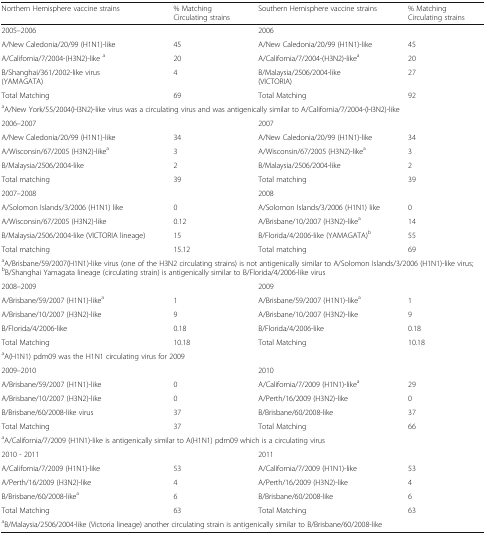
<table><thead><tr><td><b>Northern Hemisphere vaccine strains</b></td><td><b>% MatchingCirculating strains</b></td><td><b>Southern Hemisphere vaccine strains</b></td><td><b>% MatchingCirculating strains</b></td></tr></thead><tbody><tr><td>2005–2006</td><td></td><td>2006</td><td></td></tr><tr><td>A/New Caledonia/20/99 (H1N1)-like</td><td>45</td><td>A/New Caledonia/20/99 (H1N1)-like</td><td>45</td></tr><tr><td>A/California/7/2004-(H3N2)-like <sup>a</sup></td><td>20</td><td>A/California/7/2004-(H3N2)-like<sup>a</sup></td><td>20</td></tr><tr><td>B/Shanghai/361/2002-like virus(YAMAGATA)</td><td>4</td><td>B/Malaysia/2506/2004-like(VICTORIA)</td><td>27</td></tr><tr><td>Total Matching</td><td>69</td><td>Total Matching</td><td>92</td></tr><tr><td colspan="4"><sup>a</sup>A/New York/55/2004(H3N2)-like virus was a circulating virus and was antigenically similar to A/California/7/2004-(H3N2)-like</td></tr><tr><td>2006–2007</td><td></td><td>2007</td><td></td></tr><tr><td>A/New Caledonia/20/99 (H1N1)-like</td><td>34</td><td>A/New Caledonia/20/99 (H1N1)-like</td><td>34</td></tr><tr><td>A/Wisconsin/67/2005 (H3N2)-like<sup>a</sup></td><td>3</td><td>A/Wisconsin/67/2005 (H3N2)-like<sup>a</sup></td><td>3</td></tr><tr><td>B/Malaysia/2506/2004-like</td><td>2</td><td>B/Malaysia/2506/2004-like</td><td>2</td></tr><tr><td>Total matching</td><td>39</td><td>Total matching</td><td>39</td></tr><tr><td>2007–2008</td><td></td><td>2008</td><td></td></tr><tr><td>A/Solomon Islands/3/2006 (H1N1) like</td><td>0</td><td>A/Solomon Islands/3/2006 (H1N1) like</td><td>0</td></tr><tr><td>A/Wisconsin/67/2005 (H3N2)-like</td><td>0.12</td><td>A/Brisbane/10/2007 (H3N2)-like<sup>a</sup></td><td>14</td></tr><tr><td>B/Malaysia/2506/2004-like (VICTORIA lineage)</td><td>15</td><td>B/Florida/4/2006-like (YAMAGATA)<sup>b</sup></td><td>55</td></tr><tr><td>Total matching</td><td>15.12</td><td>Total matching</td><td>69</td></tr><tr><td colspan="4"><sup>a</sup>A/Brisbane/59/2007(H1N1)-like virus (one of the H3N2 circulating strains) is not antigenically similar to A/Solomon Islands/3/2006 (H1N1)-like virus; <sup>b</sup>B/Shanghai Yamagata lineage (circulating strain) is antigenically similar to B/Florida/4/2006-like virus</td></tr><tr><td>2008–2009</td><td></td><td>2009</td><td></td></tr><tr><td>A/Brisbane/59/2007 (H1N1)-like<sup>a</sup></td><td>1</td><td>A/Brisbane/59/2007 (H1N1)-like<sup>a</sup></td><td>1</td></tr><tr><td>A/Brisbane/10/2007 (H3N2)-like</td><td>9</td><td>A/Brisbane/10/2007 (H3N2)-like</td><td>9</td></tr><tr><td>B/Florida/4/2006-like</td><td>0.18</td><td>B/Florida/4/2006-like</td><td>0.18</td></tr><tr><td>Total Matching</td><td>10.18</td><td>Total Matching</td><td>10.18</td></tr><tr><td colspan="3"><sup>a</sup>A(H1N1) pdm09 was the H1N1 circulating virus for 2009</td><td></td></tr><tr><td>2009–2010</td><td></td><td>2010</td><td></td></tr><tr><td>A/Brisbane/59/2007 (H1N1)-like</td><td>0</td><td>A/California/7/2009 (H1N1)-like<sup>a</sup></td><td>29</td></tr><tr><td>A/Brisbane/10/2007 (H3N2)-like</td><td>0</td><td>A/Perth/16/2009 (H3N2)-like</td><td>0</td></tr><tr><td>B/Brisbane/60/2008-like virus</td><td>37</td><td>B/Brisbane/60/2008-like</td><td>37</td></tr><tr><td>Total Matching</td><td>37</td><td>Total Matching</td><td>66</td></tr><tr><td colspan="4"><sup>a</sup>A/California/7/2009 (H1N1)-like is antigenically similar to A(H1N1) pdm09 which is a circulating virus</td></tr><tr><td>2010 - 2011</td><td></td><td>2011</td><td></td></tr><tr><td>A/California/7/2009 (H1N1)-like</td><td>53</td><td>A/California/7/2009 (H1N1)-like</td><td>53</td></tr><tr><td>A/Perth/16/2009 (H3N2)-like</td><td>4</td><td>A/Perth/16/2009 (H3N2)-like</td><td>4</td></tr><tr><td>B/Brisbane/60/2008-like<sup>a</sup></td><td>6</td><td>B/Brisbane/60/2008-like</td><td>6</td></tr><tr><td>Total Matching</td><td>63</td><td>Total Matching</td><td>63</td></tr><tr><td colspan="4"><sup>a</sup>B/Malaysia/2506/2004-like (Victoria lineage) another circulating strain is antigenically similar to B/Brisbane/60/2008-like</td></tr></tbody></table>